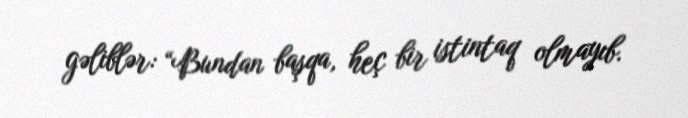
gəliblər: “Bundan başqa, heç bir istintaq olmayıb.